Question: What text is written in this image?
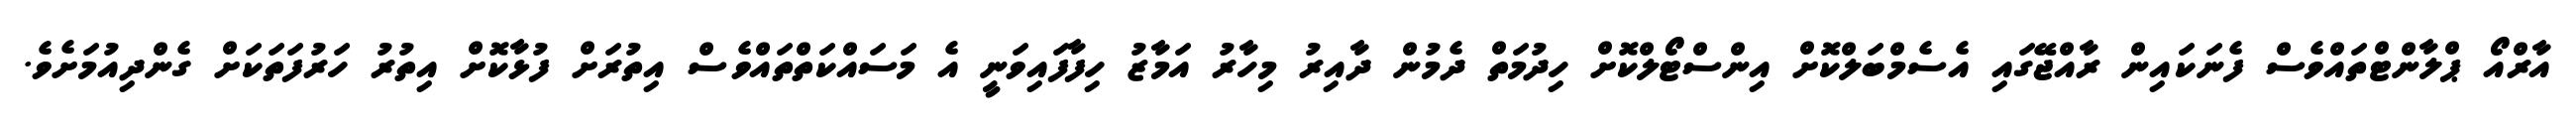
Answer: އާރްއޯ ޕްލާންޓްތައްވެސް ފެނަކައިން ރާއްޖޭގައި އެސެމްބަލްކޮށް އިންސްޓޯލްކޮށް ހިދުމަތް ދެމުން ދާއިރު މިހާރު އަމާޒު ހިފާފައިވަނީ އެ މަސައްކަތްތައްވެސް އިތުރަށް ފުޅާކޮށް އިތުރު ހަރުފަތަކަށް ގެންދިއުމަށެވެ.